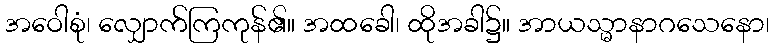
အဝေါစုံ၊ လျှောက်ကြကုန်၏။ အထခေါ၊ ထိုအခါ၌။ အာယသ္မာနာဂသေနော၊